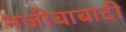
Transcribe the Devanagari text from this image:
नजीबाबादी